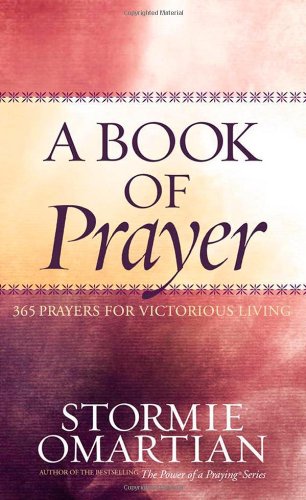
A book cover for A Book of Prayer: 365 Prayers for Victorious Living; Stormie Omartian; Christian Books & Bibles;